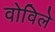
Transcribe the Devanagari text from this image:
वोविले